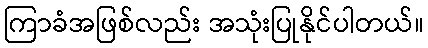
ကြာခံအဖြစ်လည်း အသုံးပြုနိုင်ပါတယ်။